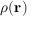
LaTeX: \rho ( { \mathbf { r } } )